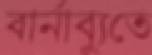
বার্নাব্যুতে